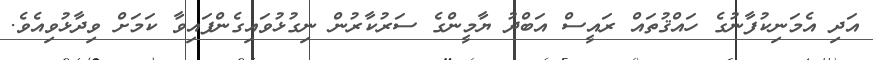
އަދި އެމަނިކުފާނުގެ ހައްޤުތައް ރައީސް އަބްދު ޔާމީންގެ ސަރުކާރުން ނިގުޅުވައިގެންފައިވާ ކަމަށް ވިދާޅުވިއެވެ.